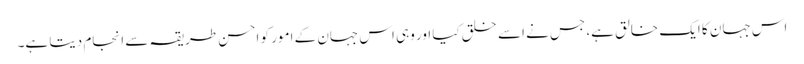
اس جہان کا ایک خالق ہے، جس نے اسے خلق کیا اور وہی اس جہان کے امور کو احسن طریقہ سے انجام دیتا ہے۔